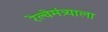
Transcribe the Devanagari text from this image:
रेल्वेमंत्र्याला